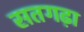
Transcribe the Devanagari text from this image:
सतगढ़ा